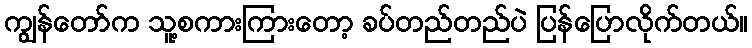
ကျွန်တော်က သူ့စကားကြားတော့ ခပ်တည်တည်ပဲ ပြန်ပြောလိုက်တယ်။